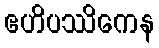
ဧဟိပဿိကေန